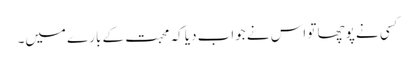
کسی نے پوچھا تو اس نے جواب دیا کہ محبت کے بارے میں۔